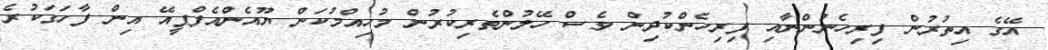
އޭގެ އިތުރުން ފިރިހެނުންނާއި ފިރިހެންކުދިން ވެސް ހޭލުންތެރިކުރުން މުހިއްމުކަން ޔޫއެންއެފްޕީއޭ އިން ފާހަގަކުރެ